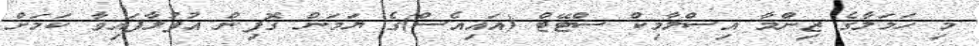
މި ހަމަލާގެ ޒިންމާ އިސްލާމިކް ސްޓޭޓް (އައިއެސް)ގެ ޔަމަން ގޮފިން އުފުލާފައިވާ ކަމަށް